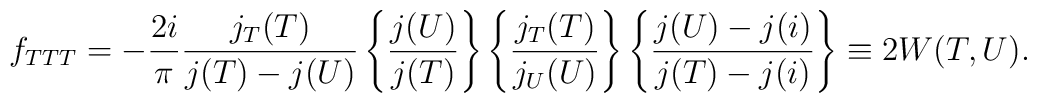
f_{TTT}=-{2i\over\pi}\frac{j_T(T)}{j(T)-j(U)}\left\{\frac{j(U)}{j(T)}\right\}\left\{\frac{j_T(T)}{j_U(U)}\right\}\left\{\frac{j(U)-j(i)}{j(T)-j(i)}\right\}\equiv 2 W(T,U).